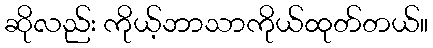
ဆိုလည်း ကိုယ့်ဘာသာကိုယ်ထုတ်တယ်။